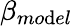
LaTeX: \beta_{mo\mathrm{d}el}